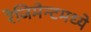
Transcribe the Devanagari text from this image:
रेजिमेन्टमध्ये